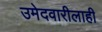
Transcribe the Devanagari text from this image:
उमेदवारीलाही